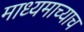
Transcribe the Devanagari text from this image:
माध्यमाच्याच